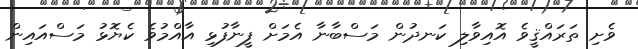
ވެށި ތަރައްޤީވެ އޮއިވާލި ކަނދުން މަސްބާނާ އެމަށް ފީނާފުޅި އާއްމުވެ ކެޔޮޅު މަސްއައިން